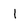
Character: 1